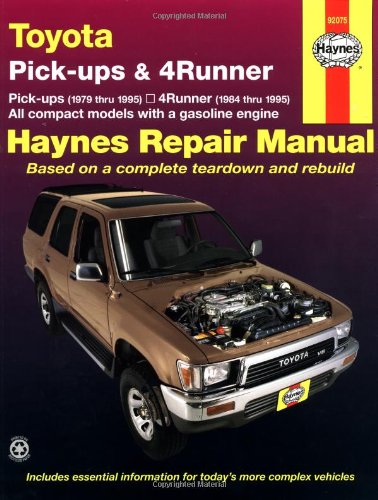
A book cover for Toyota Pickup   '79'95 (Haynes Repair Manuals); John Haynes; Engineering & Transportation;